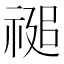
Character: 𮂂